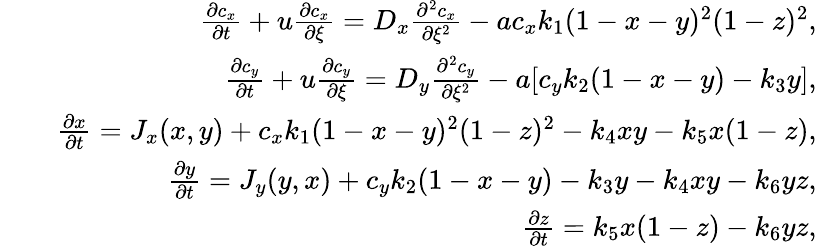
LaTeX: \begin{array}{rlr}&{}&{\frac{\partial c_{x}}{\partial t}+u\frac{\partial c_{x}}{\partial\xi}=D_{x}\frac{\partial^{2}c_{x}}{\partial\xi^{2}}-ac_{x}k_{1}(1-x-y)^{2}(1-z)^{2},}\\ &{}&{\frac{\partial c_{y}}{\partial t}+u\frac{\partial c_{y}}{\partial\xi}=D_{y}\frac{\partial^{2}c_{y}}{\partial\xi^{2}}-a[c_{y}k_{2}(1-x-y)-k_{3}y],}\\ &{}&{\frac{\partial x}{\partial t}=J_{x}(x,y)+c_{x}k_{1}(1-x-y)^{2}(1-z)^{2}-k_{4}xy-k_{5}x(1-z),}\\ &{}&{\frac{\partial y}{\partial t}=J_{y}(y,x)+c_{y}k_{2}(1-x-y)-k_{3}y-k_{4}xy-k_{6}yz,}\\ &{}&{\frac{\partial z}{\partial t}=k_{5}x(1-z)-k_{6}yz,}\end{array}